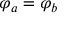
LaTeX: \varphi _ { a } = \varphi _ { b }